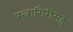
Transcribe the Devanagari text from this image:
रत्नागिरीसह